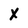
Character: X